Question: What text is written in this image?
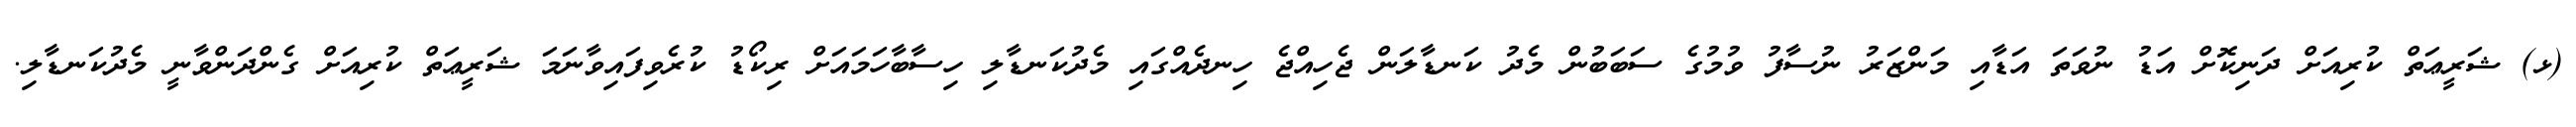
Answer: (ޅ) ޝަރީޢަތް ކުރިއަށް ދަނިކޮށް އަޑު ނުވަތަ އަޑާއި މަންޒަރު ނުސާފު ވުމުގެ ސަބަބުން މެދު ކަނޑާލަން ޖެހިއްޖެ ހިނދެއްގައި މެދުކަނޑާލި ހިސާބާހަމައަށް ރިކޯޑު ކުރެވިފައިވާނަމަ ޝަރީޢަތް ކުރިއަށް ގެންދަންވާނީ މެދުކަނޑާލި.